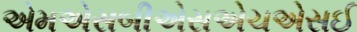
એમએસબીએસએચએસઈ